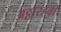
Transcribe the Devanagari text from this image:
अठ्ठारहवी